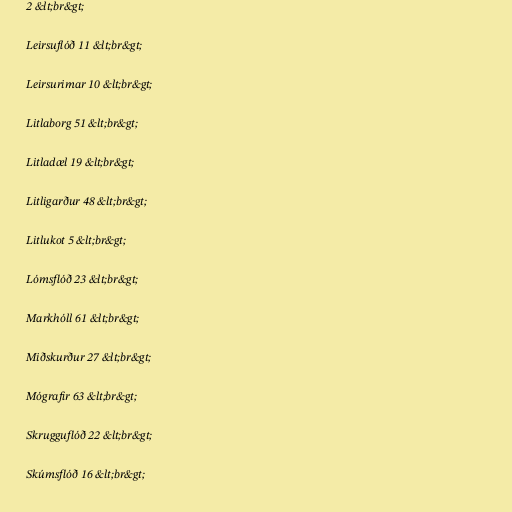
2 &lt;br&gt;

Leirsuflóð 11 &lt;br&gt;

Leirsurimar 10 &lt;br&gt;

Litlaborg 51 &lt;br&gt;

Litladæl 19 &lt;br&gt;

Litligarður 48 &lt;br&gt;

Litlukot 5 &lt;br&gt;

Lómsflóð 23 &lt;br&gt;

Markhóll 61 &lt;br&gt;

Miðskurður 27 &lt;br&gt;

Mógrafir 63 &lt;br&gt;

Skrugguflóð 22 &lt;br&gt;

Skúmsflóð 16 &lt;br&gt;